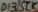
Text: D13/SCK